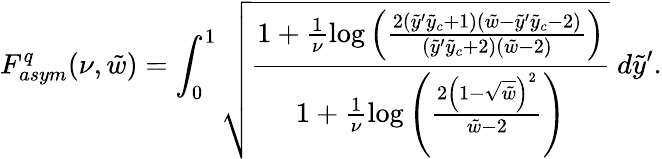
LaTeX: F_{asym}^{q}(\nu,\tilde{w})=\int_{0}^{1}\sqrt{\frac{1+\frac{1}{\nu}\log\left(\frac{2(\tilde{y}^{\prime}\tilde{y}_{c}+1)(\tilde{w}-\tilde{y}^{\prime}\tilde{y}_{c}-2)}{(\tilde{y}^{\prime}\tilde{y}_{c}+2)(\tilde{w}-2)}\right)}{1+\frac{1}{\nu}\log\left(\frac{2\left(1-\sqrt{\tilde{w}}\right)^{2}}{\tilde{w}-2}\right)}}~d\tilde{y}^{\prime}.